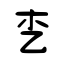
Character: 朰